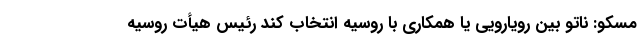
مسکو: ناتو بین رویارویی یا همکاری با روسیه انتخاب کند رئیس هیأت روسیه